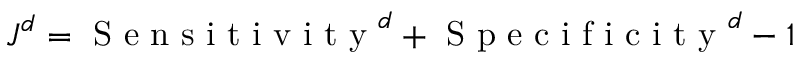
\boldsymbol J ^ { \boldsymbol d } = \mathrm { ~ S ~ e ~ n ~ s ~ i ~ t ~ i ~ v ~ i ~ t ~ y ~ } ^ { \boldsymbol d } + \mathrm { ~ S ~ p ~ e ~ c ~ i ~ f ~ i ~ c ~ i ~ t ~ y ~ } ^ { \boldsymbol d } - 1